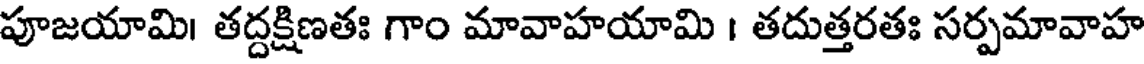
పూజయామి। తద్దక్షిణతః గాం మావాహయామి । తదుత్తరతః సర్పమావాహ